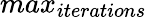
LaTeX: max_{iterations}